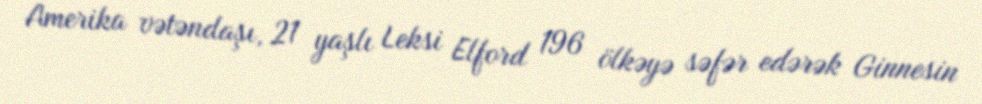
Amerika vətəndaşı, 21 yaşlı Leksi Elford 196 ölkəyə səfər edərək Ginnesin